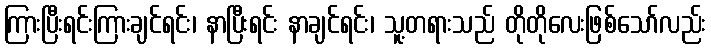
ကြားပြီးရင်းကြားချင်ရင်း၊ နာပြီးရင်း နာချင်ရင်း၊ သူ့တရားသည် တိုတိုလေးဖြစ်သော်လည်း